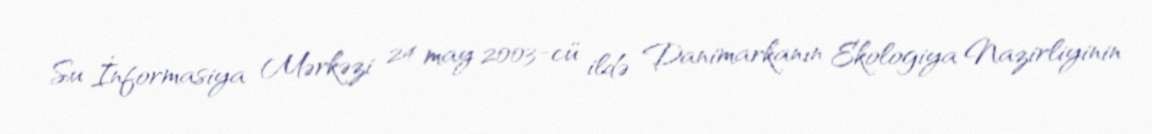
Su İnformasiya Mərkəzi 24 may 2003-cü ildə Danimarkanın Ekologiya Nazirliyinin